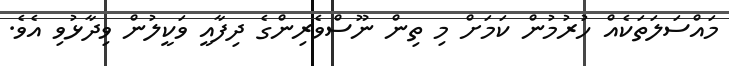
މައްސަލަތަކެއް ހުރުމުން ކަމަށް މި ތިން ނޫސްވެރިންގެ ދިފާއީ ވަކީލުން ވިދާޅުވި އެވެ.